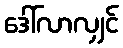
ဒေါ်လာလျှင်